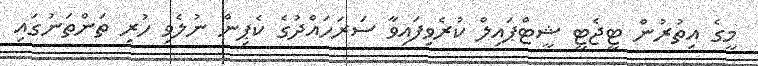
މީގެ އިތުރުން ޓީޖެޓީ ޝީޓްޕައިލް ކުރެވިފައިވާ ސަރަހައްދުގެ ކެޕިން ނުލެވި ހުރި ތަންތަނުގައި